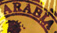
ARABIA